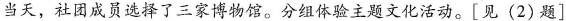
当天，社团成员选择了三家博物馆。分组体验主题文化活动。[见(2)题]